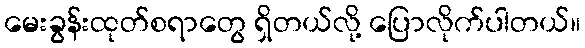
မေးခွန်းထုတ်စရာတွေ ရှိတယ်လို့ ပြောလိုက်ပါတယ်။